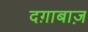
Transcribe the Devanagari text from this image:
दग़ाबाज़